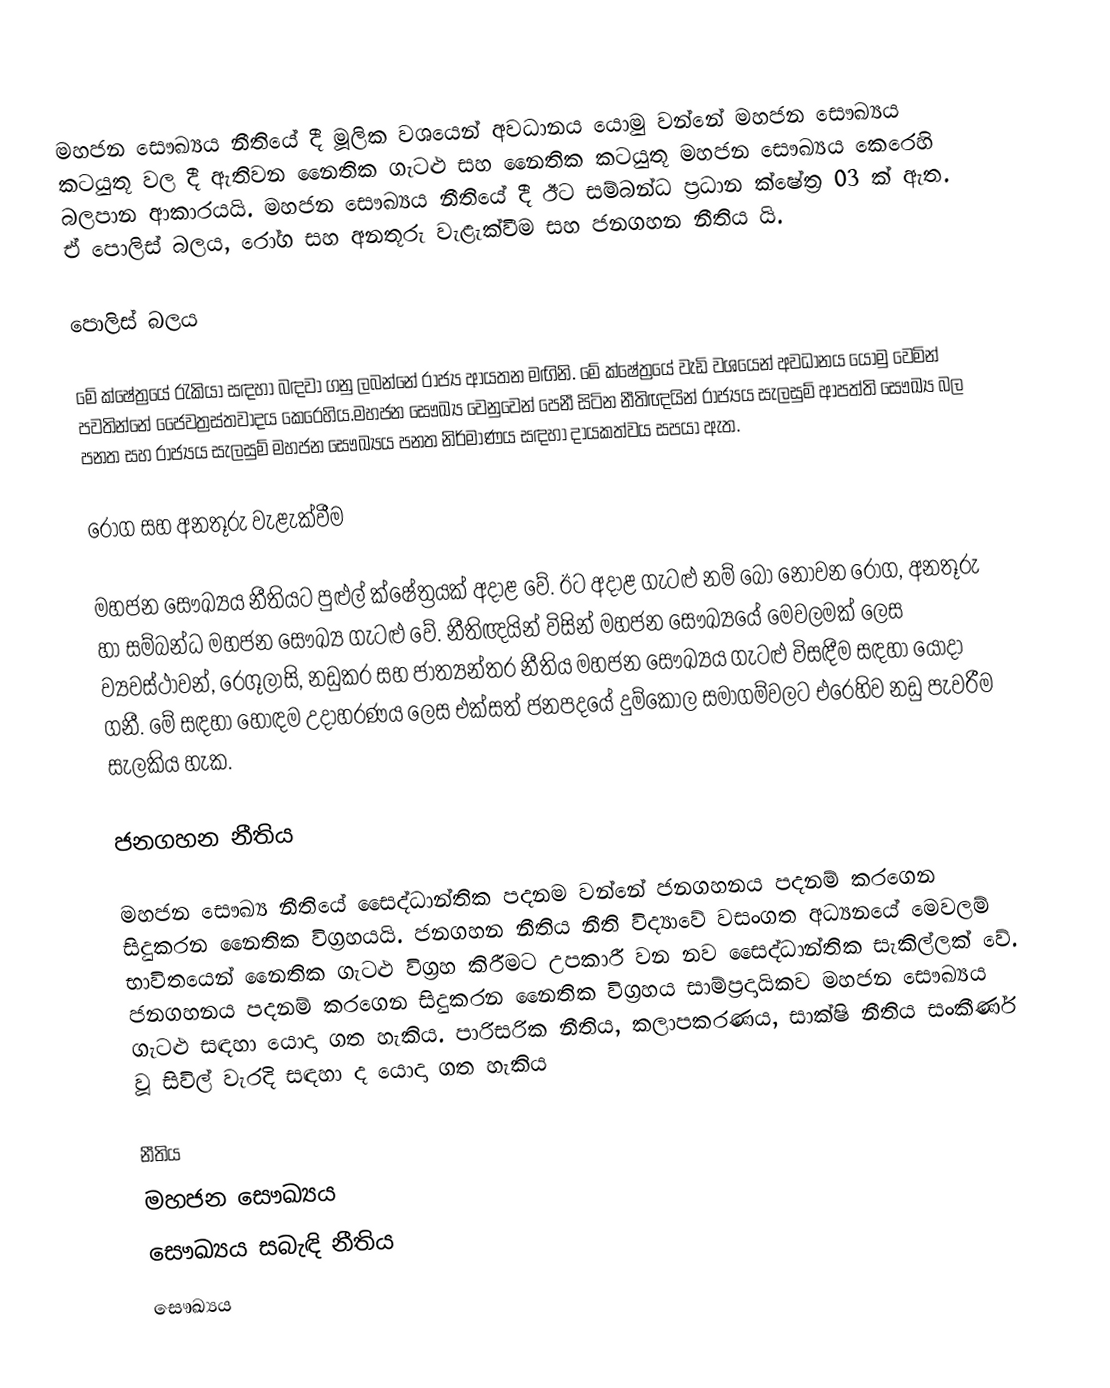
මහජන සෞඛ්‍යය නීතියේ දී මූලික වශයෙන් අවධානය යොමු වන්නේ මහජන සෞඛ්‍යය කටයුතූ වල දී ඇතිවන නෛතික ගැටළු සහ නෛතික කටයුතූ මහජන සෞඛ්‍යය කෙරෙහි බලපාන ආකාරයයි. මහජන සෞඛ්‍යය නීතියේ දී ඊට සම්බන්ධ ප්‍රධාන ක්ෂේත්‍ර 03 ක් ඇත. ඒ පොලිස් බලය, රෝග සහ අනතූරු වැළැක්වීම සහ ජනගහන නීතිය යි.

පොලිස් බලය

මේ ක්ෂේත්‍රයේ රැකියා සඳහා බඳවා ගනු ලබන්නේ රාජ්‍ය ආයතන මඟිනි. මේ ක්ෂේත්‍රයේ වැඩි වශයෙන් අවධානය යොමු වෙමින් පවතින්නේ ජෛවත්‍රස්තවාදය කෙරෙහිය.මහජන සෞඛ්‍ය වෙනුවෙන් පෙනී සිටින නීතිඥයින් රාජ්‍යය සැලසුම් ආපත්ති සෞඛ්‍ය බල පනත සහ රාජ්‍යය සැලසුම් මහජන සෞඛ්‍යය පනත නිර්මාණය සඳහා දායකත්වය සපයා ඇත.

රෝග සහ අනතූරු වැළැක්වීම

මහජන සෞඛ්‍යය නීතියට පුළුල් ක්ෂේත්‍රයක් අදාළ වේ. ඊට අදාළ ගැටළු නම් බෝ නොවන රෝග, අනතූරු හා සම්බන්ධ මහජන සෞඛ්‍ය ගැටළු වේ.  නීතිඥයින් විසින් මහජන සෞඛ්‍යයේ මෙවලමක් ලෙස ව්‍යවස්ථාවන්, රෙගූලාසි, නඩුකර සහ ජාත්‍යන්තර නීතිය මහජන සෞඛ්‍යය ගැටළු විසඳීම සඳහා යොදා ගනී. මේ සඳහා හොඳම උදාහරණය ලෙස එක්සත් ජනපදයේ දුම්කොල සමාගම්වලට එරෙහිව නඩු පැවරීම සැලකිය හැක.

ජනගහන නීතිය

මහජන සෞඛ්‍ය නීතියේ සෛද්ධාන්තික පදනම වන්නේ ජනගහනය පදනම් කරගෙන සිදුකරන නෛතික විග්‍රහයයි. ජනගහන නීතිය නීති විද්‍යාවේ වසංගත අධ්‍යනයේ මෙවලම් භාවිතයෙන් නෛතික ගැටළු විග්‍රහ කිරීමට උපකාරී වන නව සෛද්ධාන්තික සැකිල්ලක් වේ. ජනගහනය පදනම් කරගෙන සිදුකරන නෛතික විග්‍රහය සාම්ප්‍රදායිකව මහජන සෞඛ්‍යය ගැටළු සඳහා යොදා ගත හැකිය. පාරිසරික නීතිය, කලාපකරණය, සාක්ෂි නීතිය  සංකීර්ණ වූ සිවිල් වැරදි සඳහා ද යොදා ගත හැකිය

නීතිය
මහජන සෞඛ්‍යය
සෞඛ්‍යය සබැඳි නීතිය
සෞඛ්‍යය